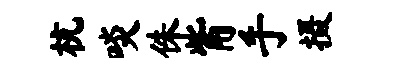
杭啖侏觜手摄